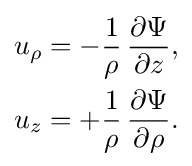
{\begin{aligned}u_{\rho }&=-{\frac {1}{\rho }}\,{\frac {\partial \Psi }{\partial z}},\\u_{z}&=+{\frac {1}{\rho }}\,{\frac {\partial \Psi }{\partial \rho }}.\end{aligned}}